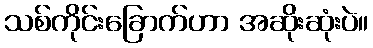
သစ်ကိုင်းခြောက်ဟာ အဆိုးဆုံးပဲ။